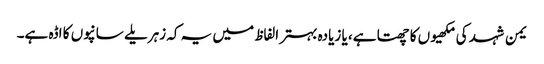
یمن شہد کی مکھیوں کا چھتا ہے، یا زیادہ بہتر الفاظ میں یہ کہ زہریلے سانپوں کا اڈہ ہے۔